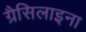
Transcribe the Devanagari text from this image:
ग्रैसिलाइना